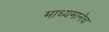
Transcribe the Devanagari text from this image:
माध्यमानेच